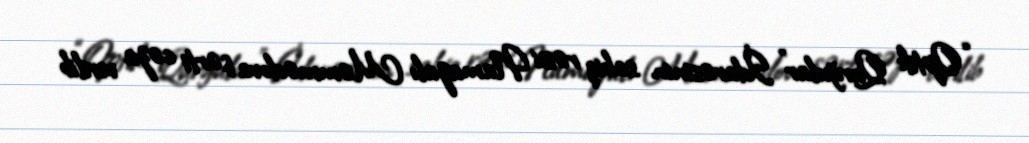
“Optik Qurğular” İdarəsinin sabiq rəisi Namazalı Məmmədova şərti cəza verilib